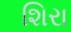
શિરા